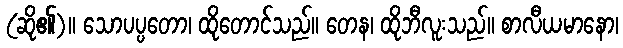
(ဆို၏)။ သောပပ္ပတော၊ ထိုတောင်သည်။ တေန၊ ထိုဘီလူးသည်။ စာလီယမာနော၊